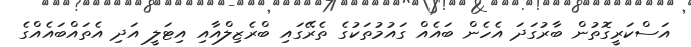
އަސްކަރީގޮތުން ބާރުގަދަ އެހެން ބައެއް ގައުމުތަކުގެ ތެރޭގައި ބްރެޒިލްއާއި އިޓަލީ އަދި އެތައްބައެއްގެ